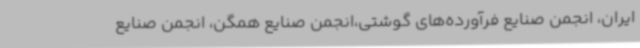
ایران، انجمن صنایع فرآورده‌های گوشتی،انجمن صنایع همگن، انجمن صنایع